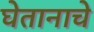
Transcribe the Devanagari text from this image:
घेतानाचे